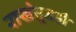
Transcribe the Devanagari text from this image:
राखेतूनही